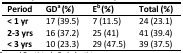
| Period | GDa (%) | Eb (%) | Total (%) |
 | --- | --- | --- | --- |
 | < 1 yr | 17 (39.5) | 7 (11.5) | 24 (23.1) |
 | 2-3 yrs | 16 (37.2) | 25 (41) | 41 (39.4) |
 | < 3 yrs | 10 (23.3) | 29 (47.5) | 39 (37.5) |